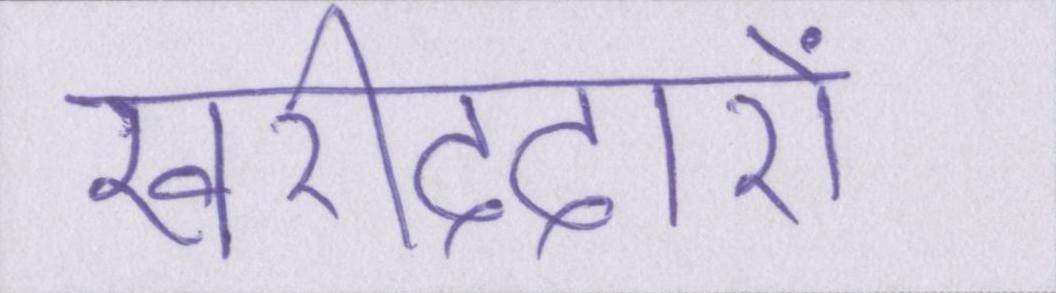
खरीददारों